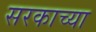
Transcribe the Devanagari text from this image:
सरकाच्या